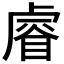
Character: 𥈠